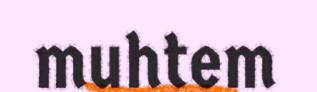
muhtem